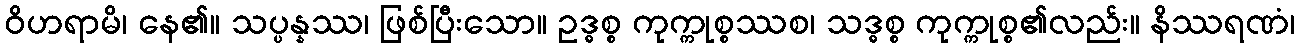
ဝိဟရာမိ၊ နေ၏။ သပ္ပန္နဿ၊ ဖြစ်ပြီးသော။ ဥဒ္ဓစ္စ ကုက္ကုစ္စဿစ၊ သဒ္ဓစ္စ ကုက္ကုစ္စ၏လည်း။ နိဿရဏံ၊